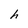
Character: h